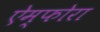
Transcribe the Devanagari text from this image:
ऐम्फोरा